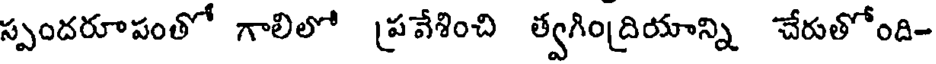
స్పందరూపంతో గాలిలో ప్రవేశించి త్వగింద్రియాన్ని చేరుతోంది-